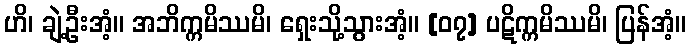
ဟိ၊ ချဲ့ဦးအံ့။ အဘိက္ကမိဿမိ၊ ရှေးသို့သွားအံ့။ [၀၇] ပဋိက္ကမိဿမိ၊ ပြန်အံ့။